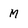
Character: M